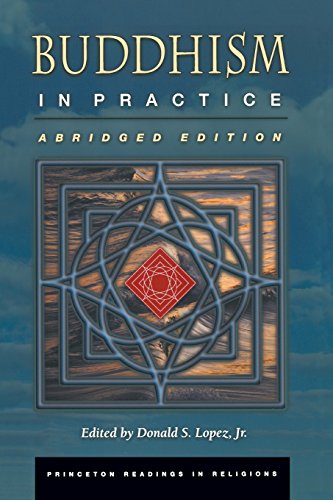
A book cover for Buddhism in Practice (Princeton Readings in Religions); Literature & Fiction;